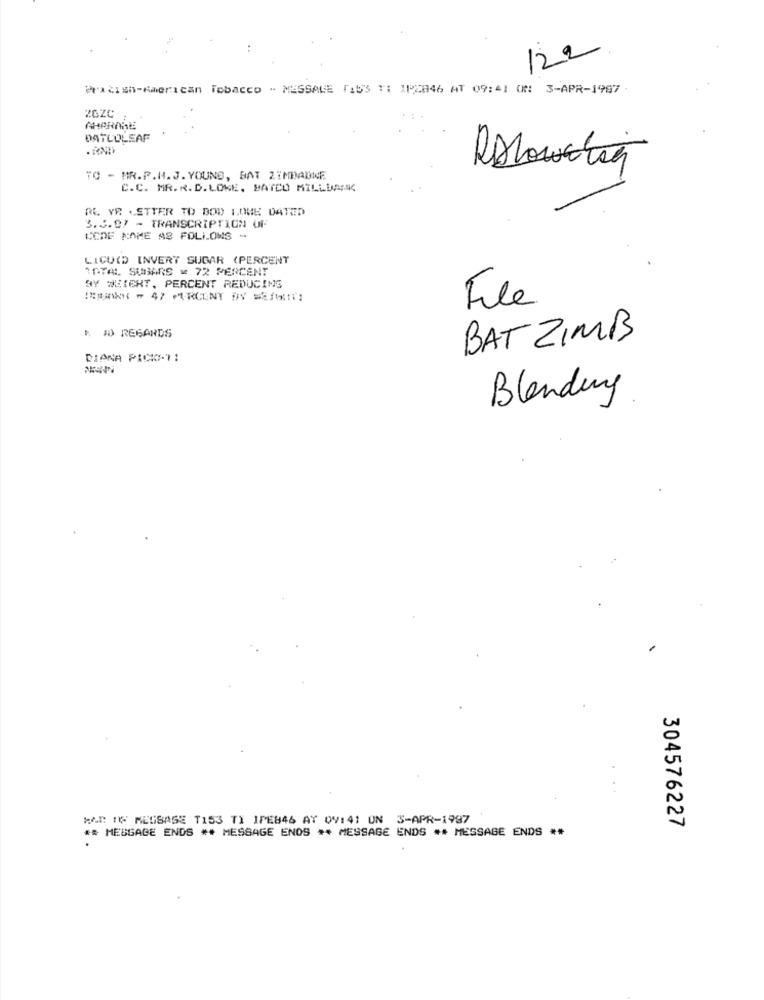
122
Praxish-American Tobacco - MESSAGE TASS ": IP2846 AT 09:41 ON 3-APR-1997
AHARARE
DATCOLEAF
TO - MR.P.M. J.YOUNG, BAT ZIMDADIE
C.C. MR.R.D.LOKE, MATCO MILLUARSC
RE VR LETTER TO BOD LOME DATED
3.5.97 - TRANSCRIPTION UF
UCDE NAME AS FOLLOWS -
LICUID INVERT SUGAR (PERCENT
TOTAL SUBARS = 72 PERCENT
BY WEIGHT, PERCENT REDUCING
File
* # REGARDS
BAT ZIMB
DIANA PICKIT:
Blending
. .
MAN 16 MEGSASE TIS3 TI IPE846 AT 09: 41 ON 3-APR-1997
** MESSAGE ENDS ** MESSAGE ENOS ** MESSAGE ENDS ** MESSAGE ENDS **
304576227